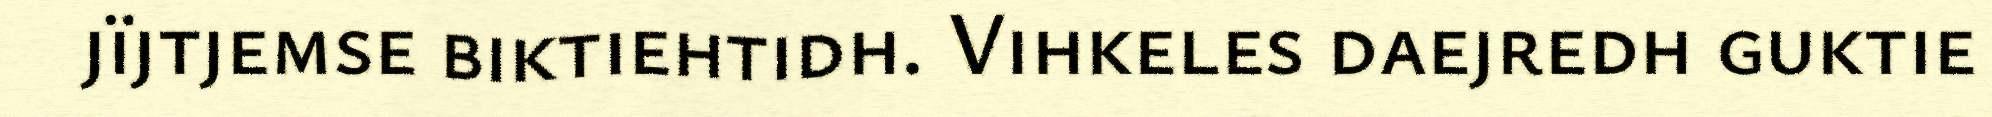
jïjtjemse biktiehtidh. Vihkeles daejredh guktie